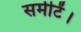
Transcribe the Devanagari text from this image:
समीटें।